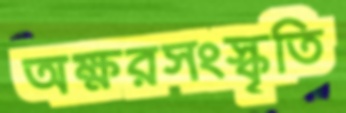
অক্ষরসংস্কৃতি